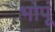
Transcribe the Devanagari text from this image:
भोपूं